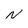
Character: N